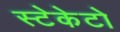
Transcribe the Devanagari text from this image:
स्टेकेटो